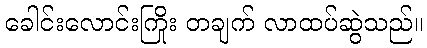
ခေါင်းလောင်းကြိုး တချက် လာထပ်ဆွဲသည်။